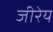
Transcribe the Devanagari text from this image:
जीरेय